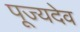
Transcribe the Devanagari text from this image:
पूज्यदेव